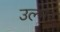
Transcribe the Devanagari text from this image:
उल्मर